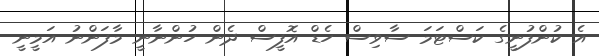
އެ ކުންފުނީގެ ކަސްޓަމަ ސާވިސް ހެޑް އޮފީސް ދެން ހުންނާނީ މާފަންނު އަމީނީ